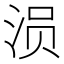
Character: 涢